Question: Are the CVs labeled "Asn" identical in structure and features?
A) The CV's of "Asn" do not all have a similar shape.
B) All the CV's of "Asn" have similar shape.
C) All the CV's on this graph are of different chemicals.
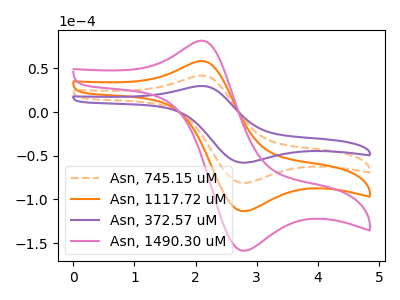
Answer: <think>The orange dashed curve "Asn, 745.15 uM" has an anodic peak at (2.05V, 41.55uA) and a cathodic peak at (2.75V, -81.15uA). The orange curve "Asn, 1117.72 uM" has an anodic peak at (2.05V, 83.10uA) and a cathodic peak at (2.75V, -162.25uA). The purple curve "Asn, 372.57 uM" has an anodic peak at (2.05V, 29.70uA) and a cathodic peak at (2.75V, -58.00uA). The pink curve "Asn, 1490.30 uM" has an anodic peak at (2.05V, 124.65uA) and a cathodic peak at (2.75V, -243.40uA).
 All the peaks in "Asn, 745.15 uM" have a peak in "Asn, 1117.72 uM" at the same potential. Every peak in "Asn, 745.15 uM" is lower than every peak in "Asn, 1117.72 uM". All the peaks in "Asn, 745.15 uM" have a peak in "Asn, 372.57 uM" at the same potential. Every peak in "Asn, 745.15 uM" is higher than every peak in "Asn, 372.57 uM". All the peaks in "Asn, 745.15 uM" have a peak in "Asn, 1490.30 uM" at the same potential. Every peak in "Asn, 745.15 uM" is lower than every peak in "Asn, 1490.30 uM". All the peaks in "Asn, 1117.72 uM" have a peak in "Asn, 372.57 uM" at the same potential. Every peak in "Asn, 1117.72 uM" is higher than every peak in "Asn, 372.57 uM". All the peaks in "Asn, 1117.72 uM" have a peak in "Asn, 1490.30 uM" at the same potential. Every peak in "Asn, 1117.72 uM" is lower than every peak in "Asn, 1490.30 uM". All the peaks in "Asn, 372.57 uM" have a peak in "Asn, 1490.30 uM" at the same potential. Every peak in "Asn, 372.57 uM" is lower than every peak in "Asn, 1490.30 uM".</think>
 <answer>B) All the CV's of "Asn" have similar shape.</answer>
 <eval>B</eval>